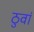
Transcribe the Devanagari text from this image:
ठुवां